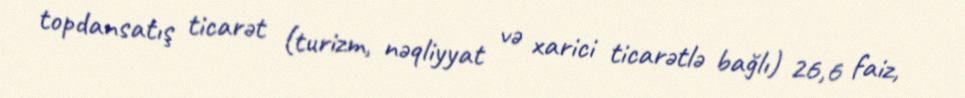
topdansatış ticarət (turizm, nəqliyyat və xarici ticarətlə bağlı) 26,6 faiz,